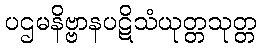
ပဌမနိဗ္ဗာနပဋိသံယုတ္တသုတ္တ